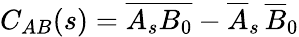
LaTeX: C_{AB}(s)=\overline{{A_{s}B_{0}}}-\overline{{A}}_{s}\, \overline{{B}}_{0}